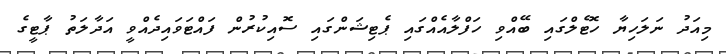
މިއަދު ނަލަހިޔާ ހޮޓެލްގައި ބޭއްވި ހަފްލާއެއްގައި ޕެޓިޝަންގައި ސޮއިކުރުން ފައްޓަވައިދެއްވީ އަދާލަތު ޕާޓީގެ